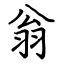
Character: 翁